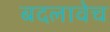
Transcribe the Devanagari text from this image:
बदलावेच